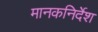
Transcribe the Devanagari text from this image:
मानकनिर्देश